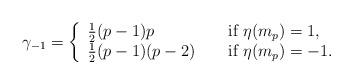
LaTeX: \begin{align*}\gamma_{-1}=\left\{\begin{array}{lll}\frac{1}{2}(p-1) p & &\textup{ if } \eta(m_p)=1,\\\frac{1 }{2}(p-1)(p-2)& &\textup{ if } \eta(m_p)=-1.\end{array} \right.\end{align*}